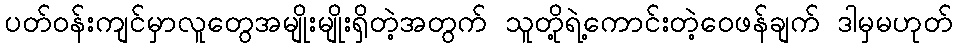
ပတ်ဝန်းကျင်မှာလူတွေအမျိုးမျိုးရှိတဲ့အတွက် သူတို့ရဲ့ကောင်းတဲ့ဝေဖန်ချက် ဒါမှမဟုတ်